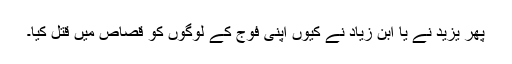
پھر یزید نے یا ابن زیاد نے کیوں اپنی فوج کے لوگوں کو قصاص میں قتل کیا۔